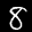
Label: 8